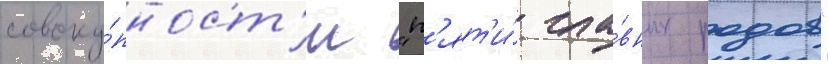
совоку́пност'и "п'ят'и́ гла́вных родов"